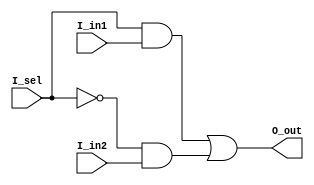
module mux2to1_structure(
input  		I_in1,
input   	I_in2,
input   	I_sel,
output  	O_out
);

//assign O_out =  I_sel ? I_in1 : I_in2; //// behavior desciption
////behaviro description
//assign O_out = (I_sel & I_in1 ) | ((!I_sel) & I_in2);
////structure description
wire S_sel_n;
wire S_in1_out;
wire S_in2_out;
not u1(S_sel_n,I_sel);
and u2(S_in1_out,I_sel,I_in1);
and u3(S_in2_out,S_sel_n,I_in2);
or u4(O_out,S_in1_out,S_in2_out);

endmodule